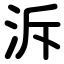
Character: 泝